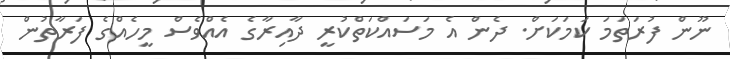
ނޫން ފުރަތަމަ ކަމަކަށް. ދެން އެ މަސައްކަތްކުރީ ދާއިރާގެ އެއްވެސް މީހެއްގެ ފަރާތުން